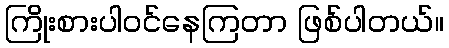
ကြိုးစားပါဝင်နေကြတာ ဖြစ်ပါတယ်။